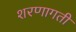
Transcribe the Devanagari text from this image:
शरणागती